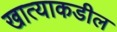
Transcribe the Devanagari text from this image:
खात्याकडील